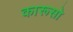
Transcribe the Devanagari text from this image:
कारूसो